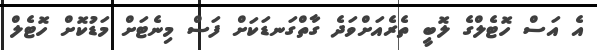
އެ އަސް ހޮޓެލްގެ ލޮބީ ތެރެއަށްވަދެ ގާތްގަނޑަކަށް ފަސް މިނެޓަށް މަޑުކޮށް ހޮޓެލް